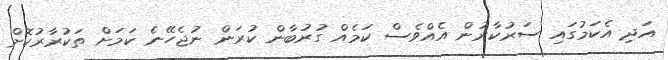
އަދި އެކަމުގައި ސަރުކާރުން އެއްވެސް ކަމެއް ގުރުބާން ކުރަން ނުޖެހޭނެ ކަމަށް ތަކުރާރުކޮށް